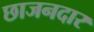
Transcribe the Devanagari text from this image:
छाजनदार